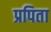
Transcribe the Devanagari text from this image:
प्रपिता